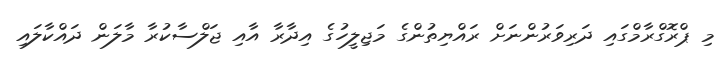
މި ޕްރޮގްރާމްގައި ދަރިވަރުންނަށް ރައްޔިތުންގެ މަޖިލީހުގެ އިދާރާ އާއި ޖަލްސާކުރާ މާލަން ދައްކާލައި